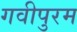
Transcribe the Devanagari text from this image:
गवीपुरम